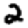
Digit: 2